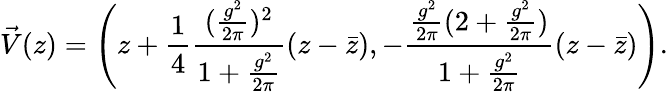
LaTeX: \vec{V}(z)=\Biggl(z+{\frac{1}{4}}{\frac{({\frac{g^{2}}{2\pi}})^{2}}{1+{\frac{g^{2}}{2\pi}}}}(z-\bar{z}),-{\frac{{\frac{g^{2}}{2\pi}}(2+{\frac{g^{2}}{2\pi}})}{1+{\frac{g^{2}}{2\pi}}}}(z-\bar{z})\Biggr).